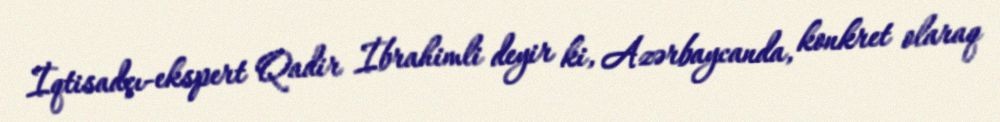
İqtisadçı-ekspert Qadir İbrahimli deyir ki, Azərbaycanda, konkret olaraq